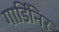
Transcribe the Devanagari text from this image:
गार्डिनिर